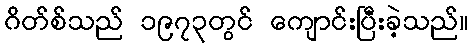
ဂိတ်စ်သည် ၁၉၇၃တွင် ကျောင်းပြီးခဲ့သည်။